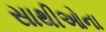
સાથીઓના